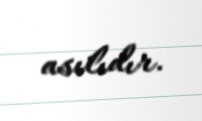
asılıdır.